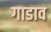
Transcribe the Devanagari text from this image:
गाडाव